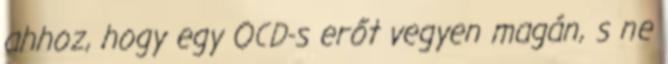
ahhoz, hogy egy OCD-s erőt vegyen magán, s ne